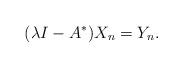
LaTeX: \begin{align*}(\lambda I-A^*)X_n=Y_n.\end{align*}